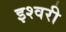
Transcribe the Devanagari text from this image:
इश्वरी